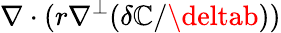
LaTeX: \nabla\cdot(r\nabla^{\perp}(\delta\mathbb{C}/\deltab))